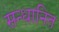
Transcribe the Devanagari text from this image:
सन्धानित